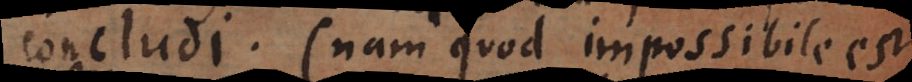
concludi (nam quod impossibile est